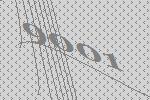
9001